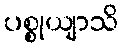
ပစ္စုယျာသိ